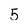
Character: 5